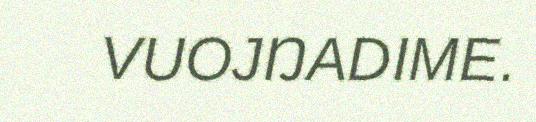
VUOJŊADIME.